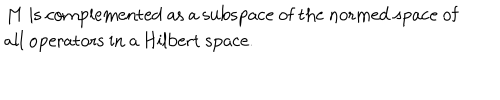
\begin{matrix} { { } } & { { M \ \mathrm { i s ~ c o m p l e m e n t e d ~ a s ~ a ~ s u b s p a c e ~ o f ~ t h e ~ n o r m e d ~ s p a c e ~ o f } } } \\ { { } } & { { \mathrm { a l l ~ o p e r a t o r s ~ i n ~ a ~ H i l b e r t ~ s p a c e . } \hfill } } \\ \end{matrix}